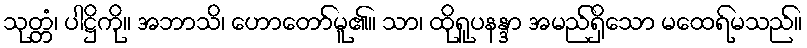
သုတ္တံ၊ ပါဋ္ဌိကို။ အဘာသိ၊ ဟောတော်မူ၏။ သာ၊ ထိုရူပနန္ဒာ အမည်ရှိသော မထေရ်မသည်။